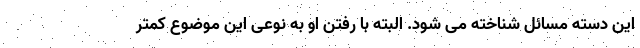
این دسته مسائل شناخته می شود. البته با رفتن او به نوعی این موضوع کمتر